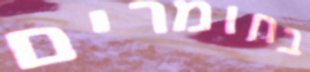
בחומרים